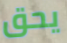
يحق